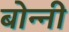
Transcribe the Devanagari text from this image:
बोन्‍नी